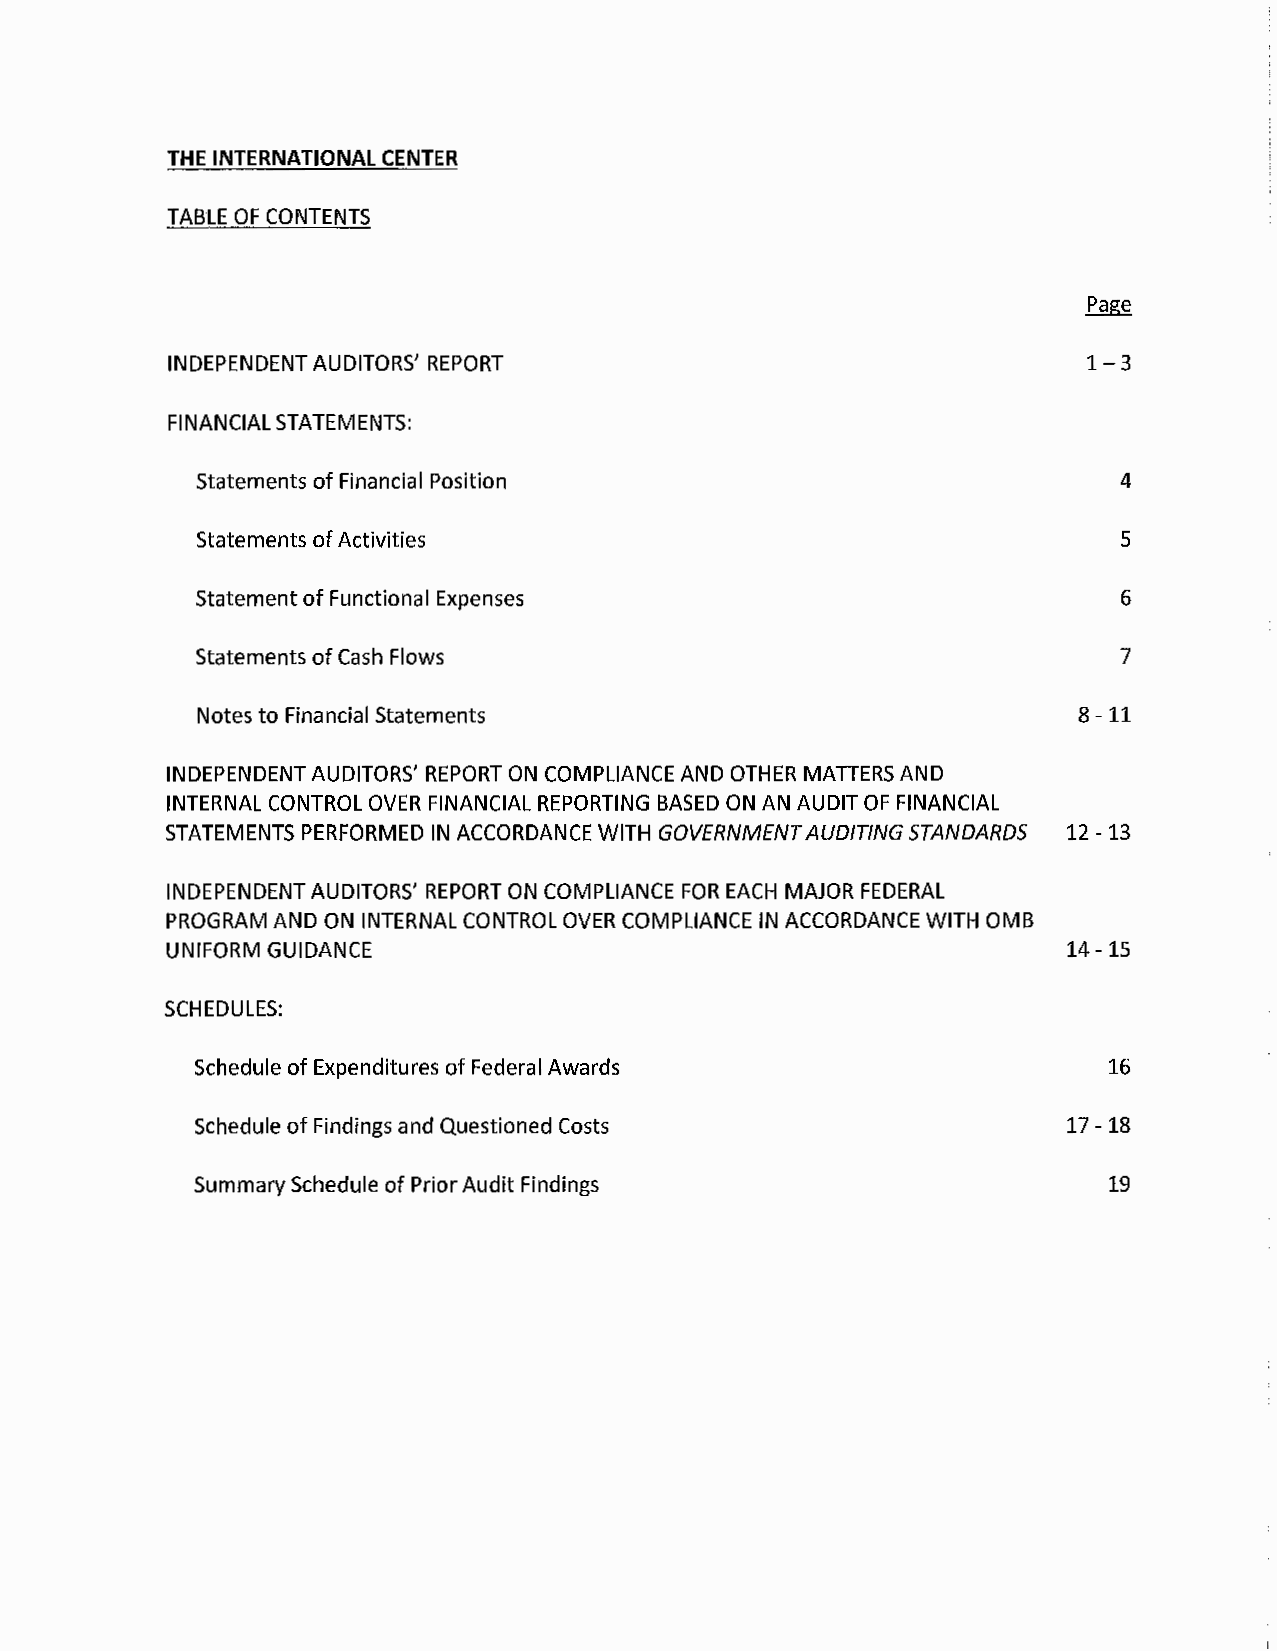
THE INTERNATIONAL CENTER
 TABLE OF CONTENTS
 INDEPENDENT AUDITORS' REPORT                                 1-3
 FINANCIAL STATEMENTS:
 Statements of Financial Position                             4
 Statements of Activities                                     5
 Statement of Functional Expenses                             6
 Statements of Cash Flows                                     7
 Notes to Financial Statements                             8-11
 INDEPENDENT AUDITORS' REPORT ON COMPLIANCE AND OTHER MATIERS AND
 INTERNAL CONTROL OVER FINANCIAL REPORTING BASED ON AN AUDIT OF FINANCIAL
 STATEMENTS PERFORMED IN ACCORDANCE WITH GOVERNMENT AUDITING STANDARDS 12 -13
 INDEPENDENT AUDITORS' REPORT ON COMPLIANCE FOR EACH MAJOR FEDERAL
 PROGRAM AND ON INTERNAL CONTROL OVER COMPLIANCE IN ACCORDANCE WITH 0MB
 UNIFORM GUIDANCE                                           14-15
 SCHEDULES:
 Schedule of Expenditures of Federal Awards                  16
 Schedule of Findings and Questioned Costs                17-18
 Summary Schedule of Prior Audit Findings                    19